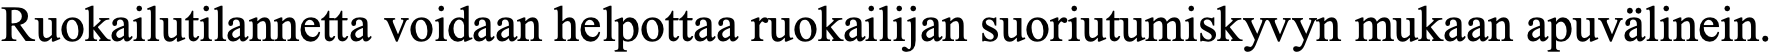
Ruokailutilannetta voidaan helpottaa ruokailijan suoriutumiskyvyn mukaan apuvälinein.